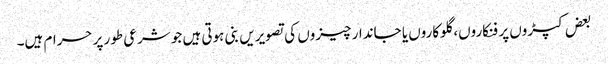
بعض کپڑوں پر فنکاروں، گلوکاروں یا جاندار چیزوں کی تصویریں بنی ہوتی ہیں جو شرعی طور پر حرام ہیں۔